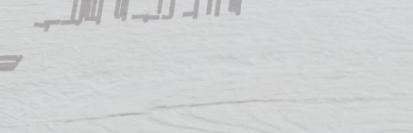
محلات العطور الشرقية: اجع